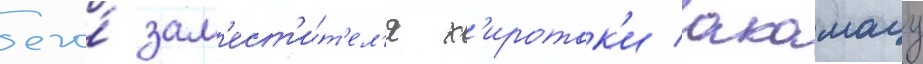
его́ зам'ест'и́т'ел'я х'иротак'и акамацу